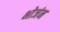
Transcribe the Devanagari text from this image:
भोजंन